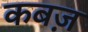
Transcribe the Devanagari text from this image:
कबज़